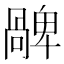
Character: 𠧅